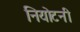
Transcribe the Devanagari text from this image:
नियोटनी